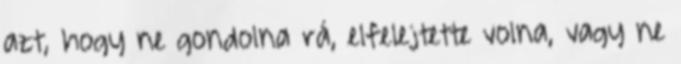
azt, hogy ne gondolna rá, elfelejtette volna, vagy ne